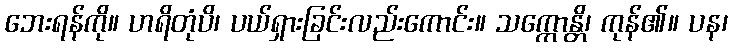
ဘေးရန်ကို။ ဟရိတုံပိ၊ ပယ်ရှားခြင်းလည်းကောင်း။ သက္ကောန္တိ၊ ကုန်၏။ ပန၊